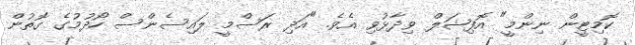
ކޮމިޓީން ނިންމީ" އޮފިޝަލް ވިދާޅުވި އެވެ. "އަދި ރަސްމީ ލައިސެންސް ހޯދުމުގެ ގޮތުން